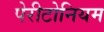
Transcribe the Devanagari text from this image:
पेरीटोनियम